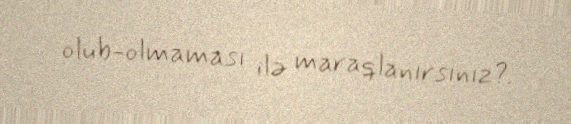
olub-olmaması ilə maraqlanırsınız?.